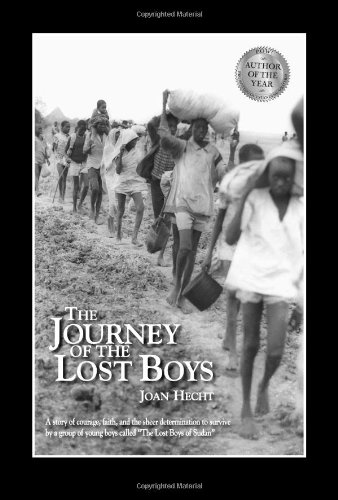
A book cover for The Journey of the Lost Boys: A Story of Courage, Faith and the Sheer Determination to Survive by a Group of Young Boys Called "The Lost Boys of Sudan"; Joan Hecht; History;